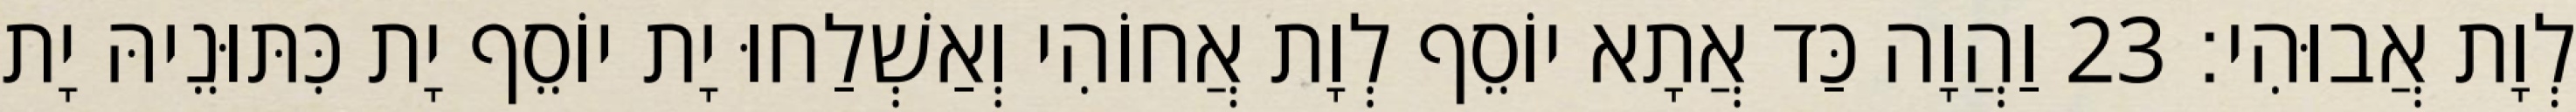
לְוָת אֲבוּהִי׃ 23 וַהֲוָה כַּד אֲתָא יוֹסֵף לְוָת אֲחוֹהִי וְאַשְׁלַחוּ יָת יוֹסֵף יָת כִּתּוּנֵיהּ יָת